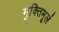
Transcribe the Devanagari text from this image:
मुक्तिमूलं